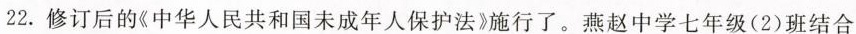
22.修订后的《中华人民共和国未成年人保护法》施行了。燕赵中学七年级(2)班结合